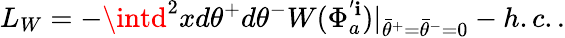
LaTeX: L_{W}=-\intd^{2}xd\theta^{+}d\theta^{-}W(\Phi_{a}^{'\mathbf{i}})|_{{\bar{{\theta}}}^{+}={\bar{{\theta}}}^{-}=0}-h.c..